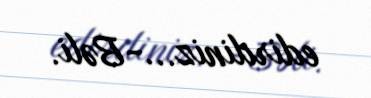
edirdiniz...-Bəli.